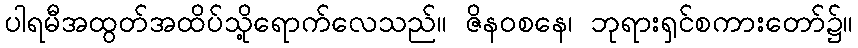
ပါရမီအထွတ်အထိပ်သို့ရောက်လေသည်။ ဇိနဝစနေ၊ ဘုရားရှင်စကားတော်၌။